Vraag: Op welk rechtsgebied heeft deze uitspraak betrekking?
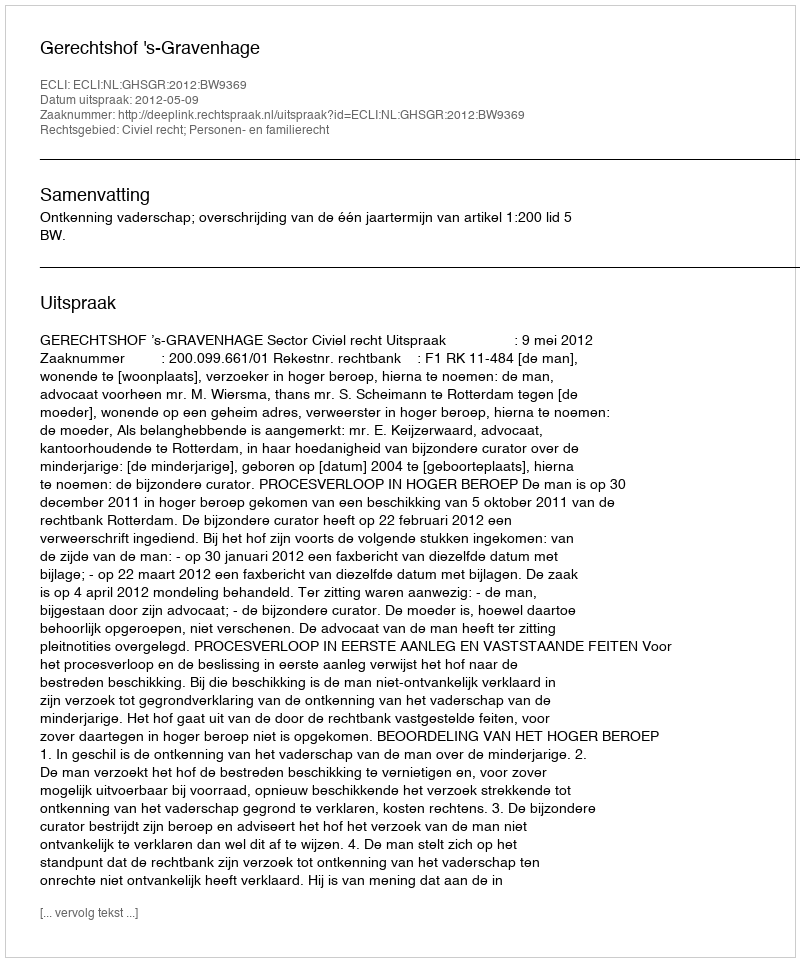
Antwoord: Civiel recht; Personen- en familierecht